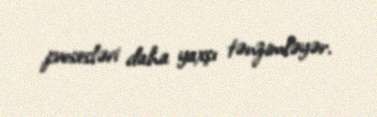
prosesləri daha yaxşı tənzimləyər.